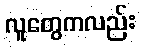
လူတွေကလည်း